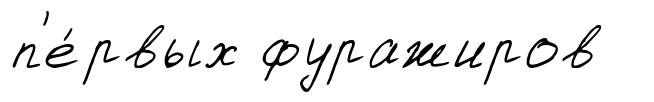
п'е́рвых фуражиров